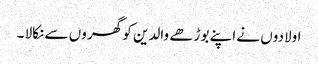
اولادوں نے اپنے بوڑھے والدین کو گھر وں سے نکالا ۔